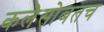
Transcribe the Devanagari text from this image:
कलेसोबतच